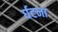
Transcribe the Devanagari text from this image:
र्घटना